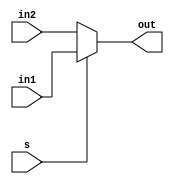
`timescale 1ps/1ps

module multiplexer (input [6:0] in1 , in2 , input s , output [6:0] out );
  assign out = s ? in1 : in2;
endmodule